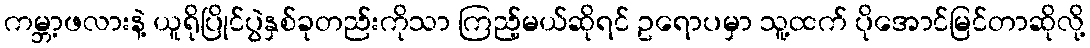
ကမ္ဘာ့ဖလားနဲ့ ယူရိုပြိုင်ပွဲနှစ်ခုတည်းကိုသာ ကြည့်မယ်ဆိုရင် ဥရောပမှာ သူ့ထက် ပိုအောင်မြင်တာဆိုလို့